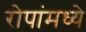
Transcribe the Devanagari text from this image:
रोपांमध्ये